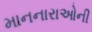
માનનારાઓની